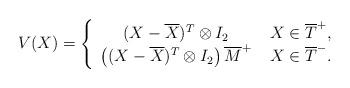
LaTeX: \begin{align*}V(X) =\left\{\begin{array}{cc}(X-\overline{X})^T\otimes I_2 & \; X\in \overline{T}^+ , \\\left( (X-\overline{X})^T\otimes I_2 \right) \overline{M}^+& \; X\in \overline{T}^- .\end{array}\right.\end{align*}